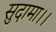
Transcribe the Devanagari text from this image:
सुदामा।।